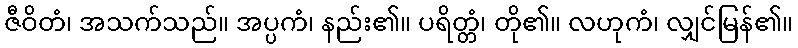
ဇီဝိတံ၊ အသက်သည်။ အပ္ပကံ၊ နည်း၏။ ပရိတ္တံ၊ တို၏။ လဟုကံ၊ လျှင်မြန်၏။